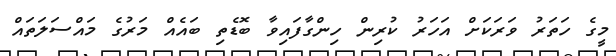
މީގެ ހަތަރު ވަރަކަށް އަހަރު ކުރިން ހިންގާފައިވާ ބޮޑެތި ބައެއް މަރުގެ މައްސަލަތައް